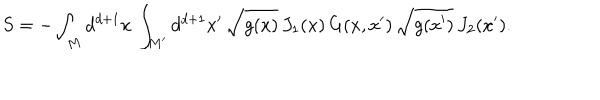
S = - \int _ { M } d ^ { d + 1 } x \, \int _ { M ^ { \prime } } d ^ { d + 1 } x ^ { \prime } \, \sqrt { g ( x ) } \, J _ { 1 } ( x ) \, G ( x , x ^ { \prime } ) \, \sqrt { g ( x ^ { \prime } ) } \, J _ { 2 } ( x ^ { \prime } ) .